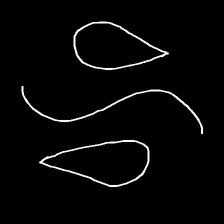
Glyph: water